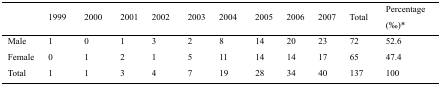
<table><thead><tr><td></td><td><b>1999</b></td><td><b>2000</b></td><td><b>2001</b></td><td><b>2002</b></td><td><b>2003</b></td><td><b>2004</b></td><td><b>2005</b></td><td><b>2006</b></td><td><b>2007</b></td><td><b>Total</b></td><td><b>Percentage (‰)*</b></td></tr></thead><tbody><tr><td>Male</td><td>1</td><td>0</td><td>1</td><td>3</td><td>2</td><td>8</td><td>14</td><td>20</td><td>23</td><td>72</td><td>52.6</td></tr><tr><td>Female</td><td>0</td><td>1</td><td>2</td><td>1</td><td>5</td><td>11</td><td>14</td><td>14</td><td>17</td><td>65</td><td>47.4</td></tr><tr><td>Total</td><td>1</td><td>1</td><td>3</td><td>4</td><td>7</td><td>19</td><td>28</td><td>34</td><td>40</td><td>137</td><td>100</td></tr></tbody></table>